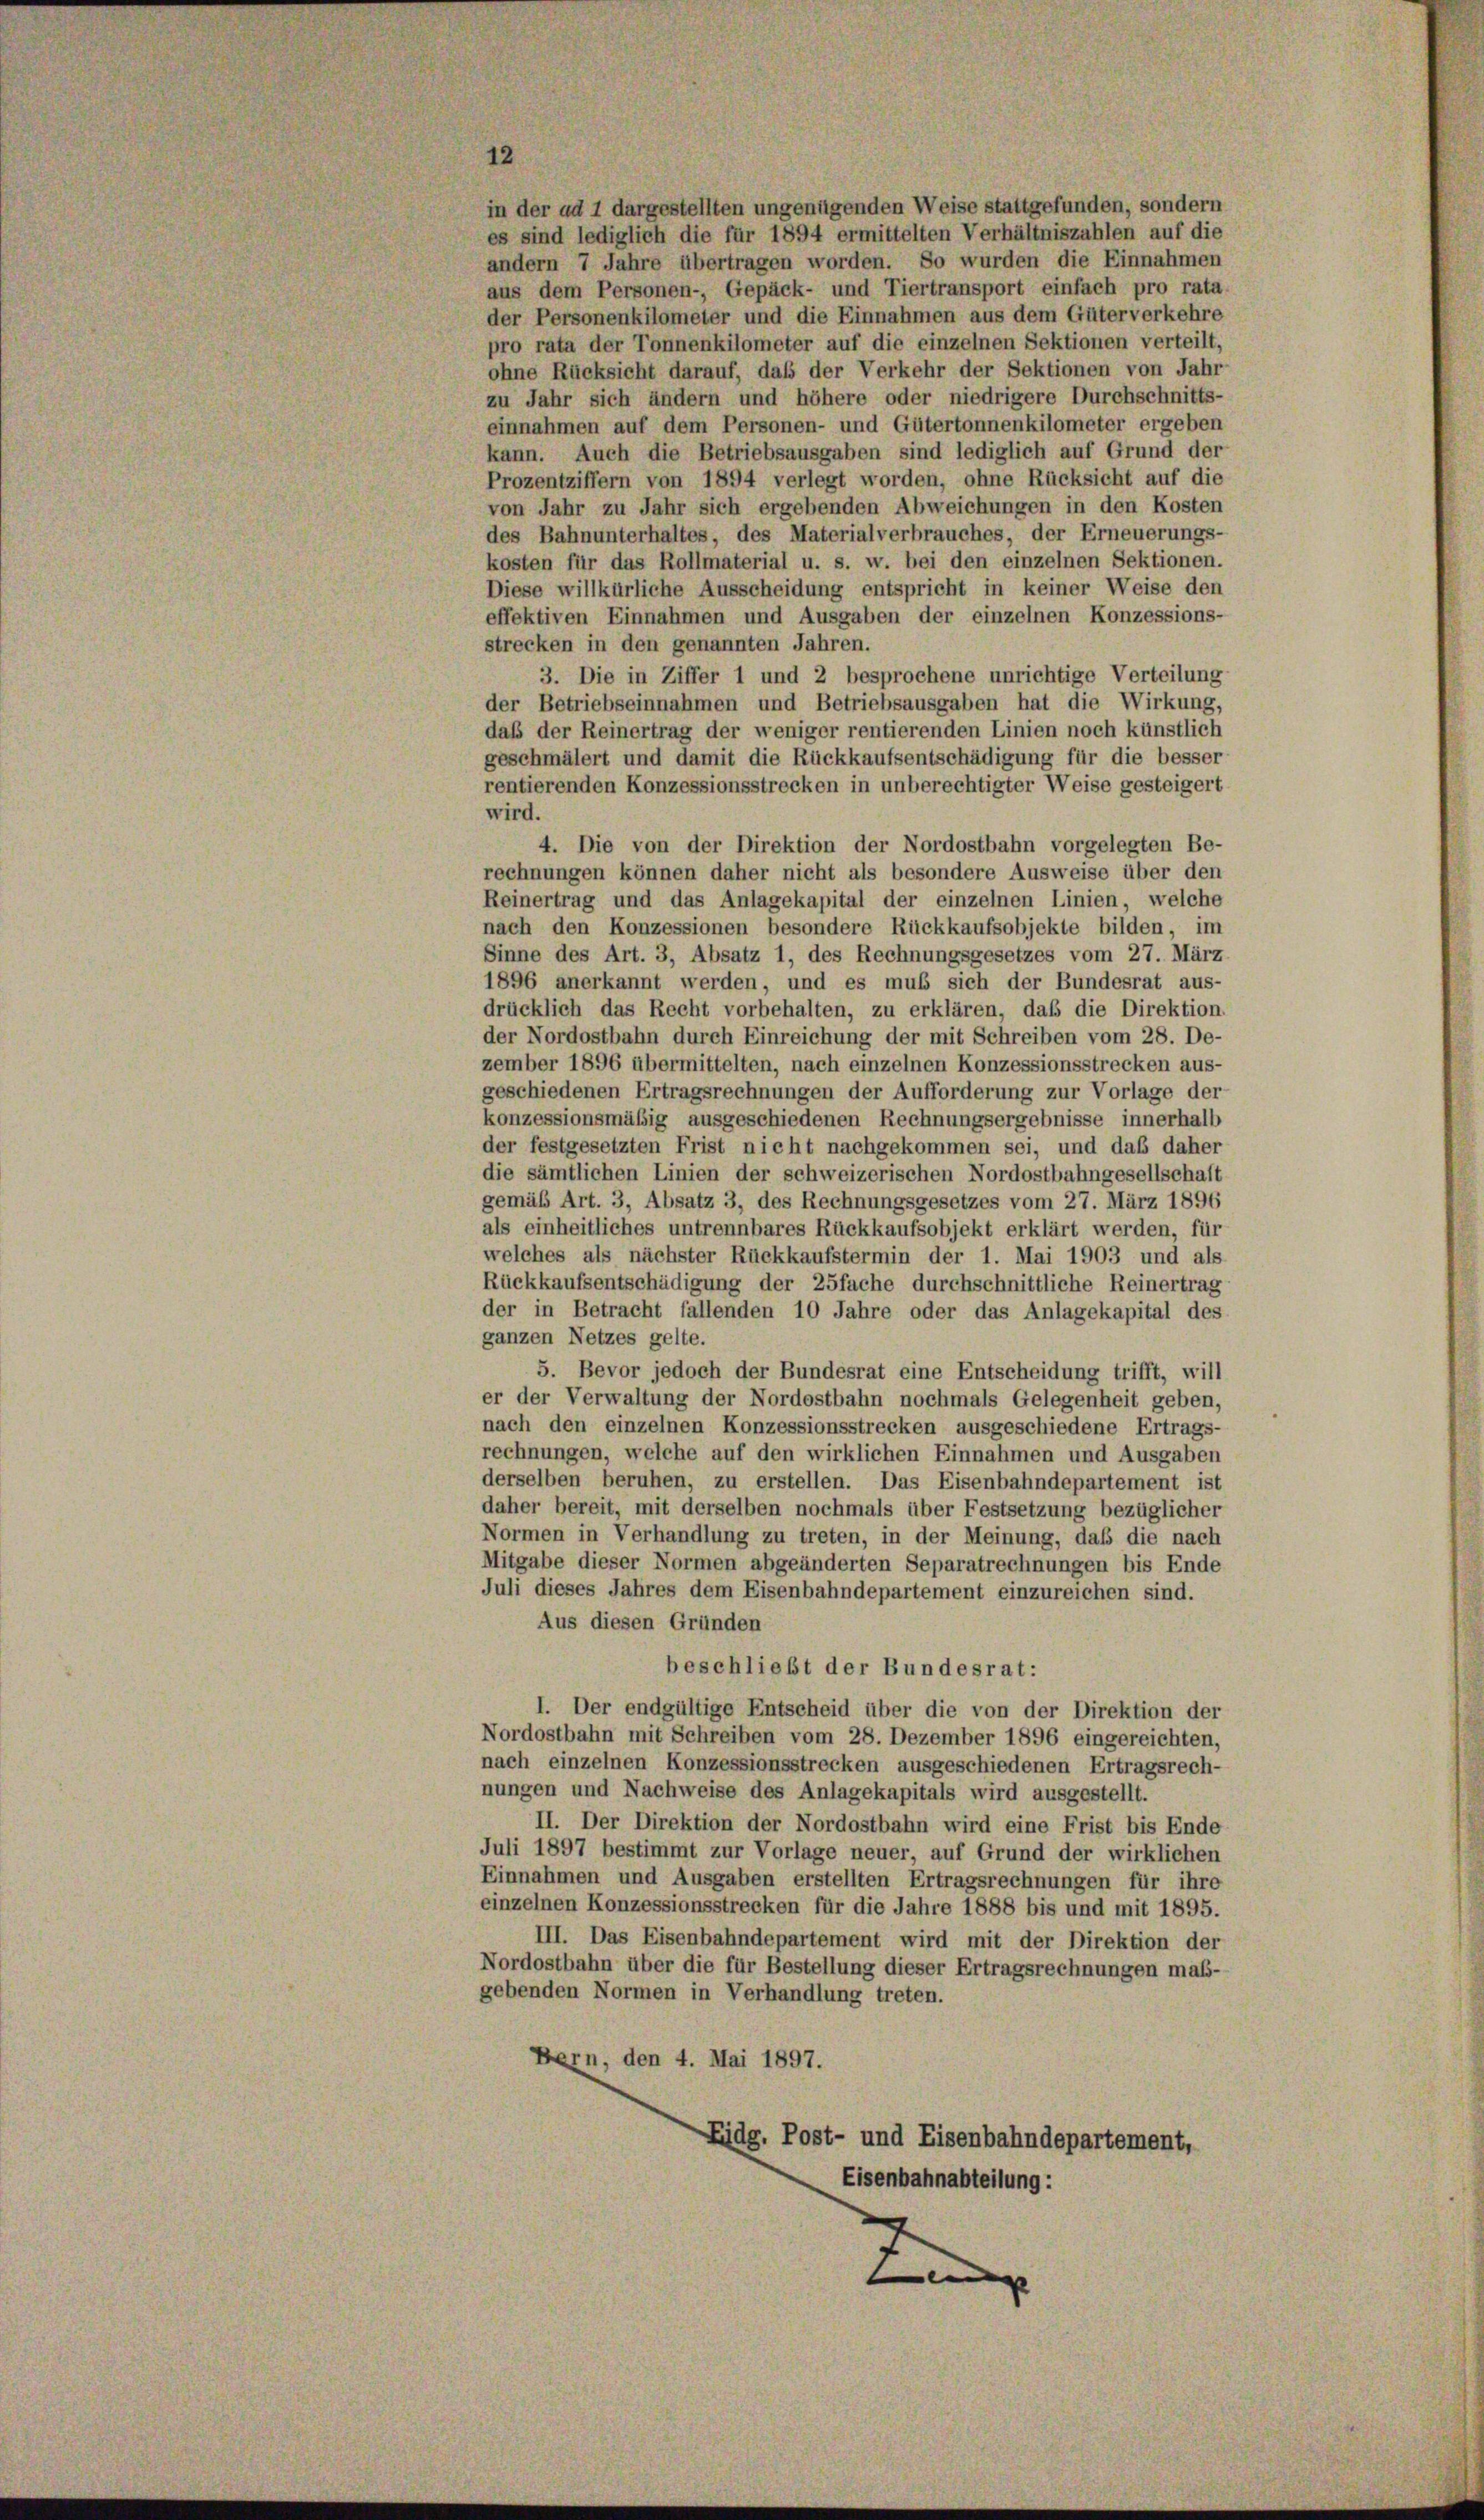
in der ad 1 dargestellten ungenügenden Weise stattgefunden, sondern
es sind lediglich die für 1894 ermittelten Verhältniszahlen auf die
andern 7 Jahre übertragen worden. So wurden die Einnahmen
aus dem Personen-, Gepäck- und Tiertransport einfach pro rata-
der Personenkilometer und die Einnahmen aus dem Güterverkehre
pro rata der Tonnenkilometer auf die einzelnen Sektionen verteilt,
ohne Rücksicht darauf, daß der Verkehr der Sektionen von Jahr
zu Jahr sich ändern und höhere oder niedrigere Durchschnitts-
einnahmen auf dem Personen- und Gütertonnenkilometer ergeben
kann. Auch die Betriebsausgaben sind lediglich auf Grund der
Prozentziffern von 1894 verlegt worden, ohne Rücksicht auf die
von Jahr zu Jahr sich ergebenden Abweichungen in den Kosten
des Bahnunterhaltes, des Materialverbrauches, der Erneuerungs-
kosten für das Rollmaterial u. s. w. bei den einzelnen Sektionen.
Diese willkürliche Ausscheidung entspricht in keiner Weise den
effektiven Einnahmen und Ausgaben der einzelnen Konzessions-
strecken in den genannten Jahren.
3. Die in Ziffer 1 und 2 besprochene unrichtige Verteilung
der Betriebseinnahmen und Betriebsausgaben hat die Wirkung,
daß der Reinertrag der weniger rentierenden Linien noch künstlich
geschmälert und damit die Rückkaufsentschädigung für die besser
rentierenden Konzessionsstrecken in unberechtigter Weise gesteigert
wird.
4. Die von der Direktion der Nordostbahn vorgelegten Be-
rechnungen können daher nicht als besondere Ausweise über den
Reinertrag und das Anlagekapital der einzelnen Linien, welche
nach den Konzessionen besondere Rückkaufsobjekte bilden, im
Sinne des Art. 3, Absatz 1, des Rechnungsgesetzes vom 27. März
1896 anerkannt werden, und es muß sich der Bundesrat aus-
drücklich das Recht vorbehalten, zu erklären, daß die Direktion
der Nordostbahn durch Einreichung der mit Schreiben vom 28. De-
zember 1896 übermittelten, nach einzelnen Konzessionsstrecken aus-
geschiedenen Ertragsrechnungen der Aufforderung zur Vorlage der
konzessionsmäßig ausgeschiedenen Rechnungsergebnisse innerhalb
der festgesetzten Frist nicht nachgekommen sei, und daß daher
die sämtlichen Linien der schweizerischen Nordostbahngesellschaft
gemäß Art. 3, Absatz 3, des Rechnungsgesetzes vom 27. März 1896
als einheitliches untrennbares Rückkaufsobjekt erklärt werden, für
welches als nächster Rückkaufstermin der 1. Mai 1903 und als
Rückkaufsentschädigung der 25fache durchschnittliche Reinertrag
der in Betracht fallenden 10 Jahre oder das Anlagekapital des
ganzen Netzes gelte.
5. Bevor jedoch der Bundesrat eine Entscheidung trifft, will
er der Verwaltung der Nordostbahn nochmals Gelegenheit geben,
nach den einzelnen Konzessionsstrecken ausgeschiedene Ertrags-
rechnungen, welche auf den wirklichen Einnahmen und Ausgaben
derselben beruhen, zu erstellen. Das Eisenbahndepartement ist
daher bereit, mit derselben nochmals über Festsetzung bezüglicher
Normen in Verhandlung zu treten, in der Meinung, daß die nach
Mitgabe dieser Normen abgeänderten Separatrechnungen bis Ende
Juli dieses Jahres dem Eisenbahndepartement einzureichen sind.
Aus diesen Gründen
beschliebt der Bundesrat:
I. Der endgültige Entscheid über die von der Direktion der
Nordostbahn mit Schreiben vom 28. Dezember 1896 eingereichten,
nach einzelnen Konzessionsstrecken ausgeschiedenen Ertragsrech-
nungen und Nachweise des Anlagekapitals wird ausgestellt.
II. Der Direktion der Nordostbahn wird eine Frist bis Ende
Juli 1897 bestimmt zur Vorlage neuer, auf Grund der wirklichen
Einnahmen und Ausgaben erstellten Ertragsrechnungen für ihre
einzelnen Konzessionsstrecken für die Jahre 1888 bis und mit 1895.
III. Das Eisenbahndepartement wird mit der Direktion der
Nordostbahn über die für Bestellung dieser Ertragsrechnungen maß-
gebenden Normen in Verhandlung treten.
Bern, den 4. Mai 1897.
Eidg. Post- und Eisenbahndepartement,
Eisenbahnabteilung:
L

12